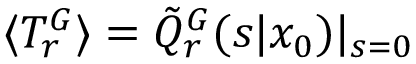
\langle T _ { r } ^ { G } \rangle = \tilde { Q } _ { r } ^ { G } ( s | x _ { 0 } ) | _ { s = 0 }